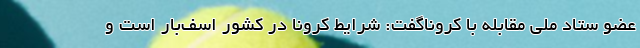
عضو ستاد ملی مقابله با کروناگفت: شرایط کرونا در کشور اسف‌بار است و